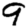
Digit: 9